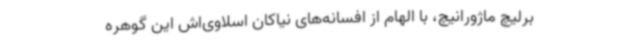
برلیچ ماژورانیچ، با الهام از افسانه‌های نیاکان اسلاوی‌اش این گوهره